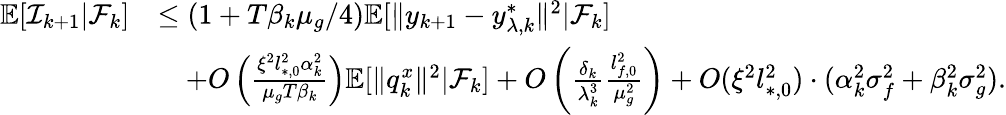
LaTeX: \begin{array}{rl}{\mathbb{E}[\mathcal{I}_{k+1}|\mathcal{F}_{k}]}&{\le\left(1+T\beta_{k}\mu_{g}/4\right)\mathbb{E}[\| y_{k+1}-y_{\lambda,k}^{*}\| ^{2}|\mathcal{F}_{k}]}\\ &{\quad+O\left(\frac{\xi^{2}l_{*,0}^{2}\alpha_{k}^{2}}{\mu_{g}T\beta_{k}}\right)\mathbb{E}[\| q_{k}^{x}\| ^{2}|\mathcal{F}_{k}]+O\left(\frac{\delta_{k}}{\lambda_{k}^{3}}\frac{l_{f,0}^{2}}{\mu_{g}^{2}}\right)+O(\xi^{2}l_{*,0}^{2})\cdot(\alpha_{k}^{2}\sigma_{f}^{2}+\beta_{k}^{2}\sigma_{g}^{2}).}\end{array}